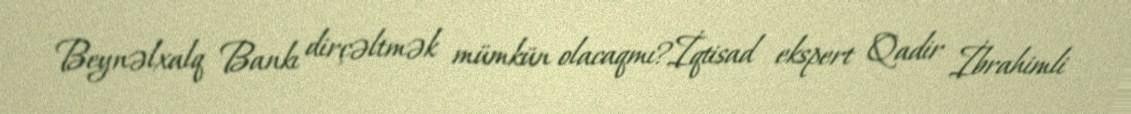
Beynəlxalq Bankı dirçəltmək mümkün olacaqmı?İqtisad ekspert Qadir İbrahimli